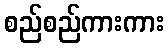
စည်စည်ကားကား